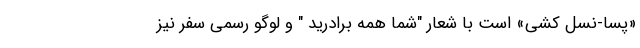
«پسا-نسل کشی» است با شعار "شما همه برادر‌ید " و لوگو رسمی سفر نیز